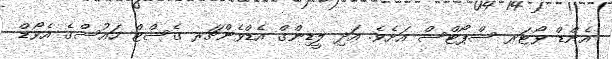
އެންޑް ވޯޓަރ ސްޕޯޓްސް އަށެވެ. އަދި ލީޑިންގް އެޑްވެންޗަރ ގެސްޓް ހައުސްގެ އެވޯޑް